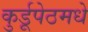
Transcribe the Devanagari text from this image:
कुर्डूपेठमधे